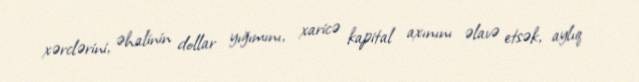
xərclərini, əhalinin dollar yığımını, xaricə kapital axınını əlavə etsək, aylıq